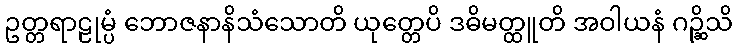
ဥတ္တရာဠုမ္ပံ ဘောဇနာနိသံသောတိ ယုတ္တေပိ ဒဓိမတ္ထူတိ အဝါယနံ ဂဉ္ဆိသိ